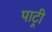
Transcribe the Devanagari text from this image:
पाट्री